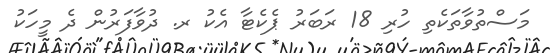
މަސްތުވާތަކެތި ހުރި 18 ރަބަރު ޕެކެޓާ އެކު ރ. ދުވާފަރުން ދެ މީހަކު